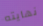
نهايته